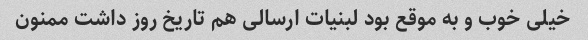
خیلی خوب و به موقع بود لبنیات ارسالی هم تاریخ روز داشت ممنون